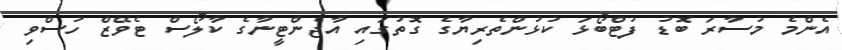
އެންމެ މުސާރަ ބޮޑު ފުޓްބޯޅަ ކުޅުންތެރިޔާގެ ގޮތުގައި އާޖެންޓީނާގެ ކާލޯސް ޓެވޭޒް ހުސްވި